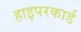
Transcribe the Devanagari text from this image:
हाइपरकार्ड